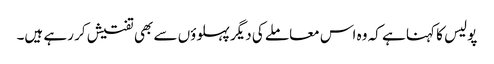
پولیس کا کہنا ہے کہ وہ اس معاملے کی دیگر پہلوؤں سے بھی تفتیش کر رہے ہیں۔